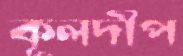
কূলদীপ